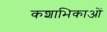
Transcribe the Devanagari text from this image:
कशाभिकाओं